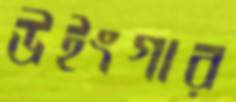
উইংগার